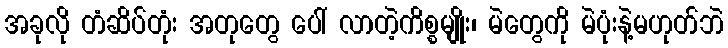
အခုလို တံဆိပ်တုံး အတုတွေ ပေါ် လာတဲ့ကိစ္စမျိုး၊ မဲတွေကို မဲပုံးနဲ့မဟုတ်ဘဲ